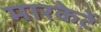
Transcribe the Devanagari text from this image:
मारकेटें